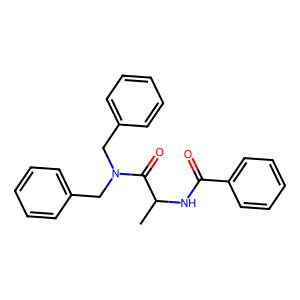
SMILES: CC(NC(=O)c1ccccc1)C(=O)N(Cc1ccccc1)Cc1ccccc1
Inhibits HIV replication: No